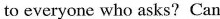
to everyone who asks?Can